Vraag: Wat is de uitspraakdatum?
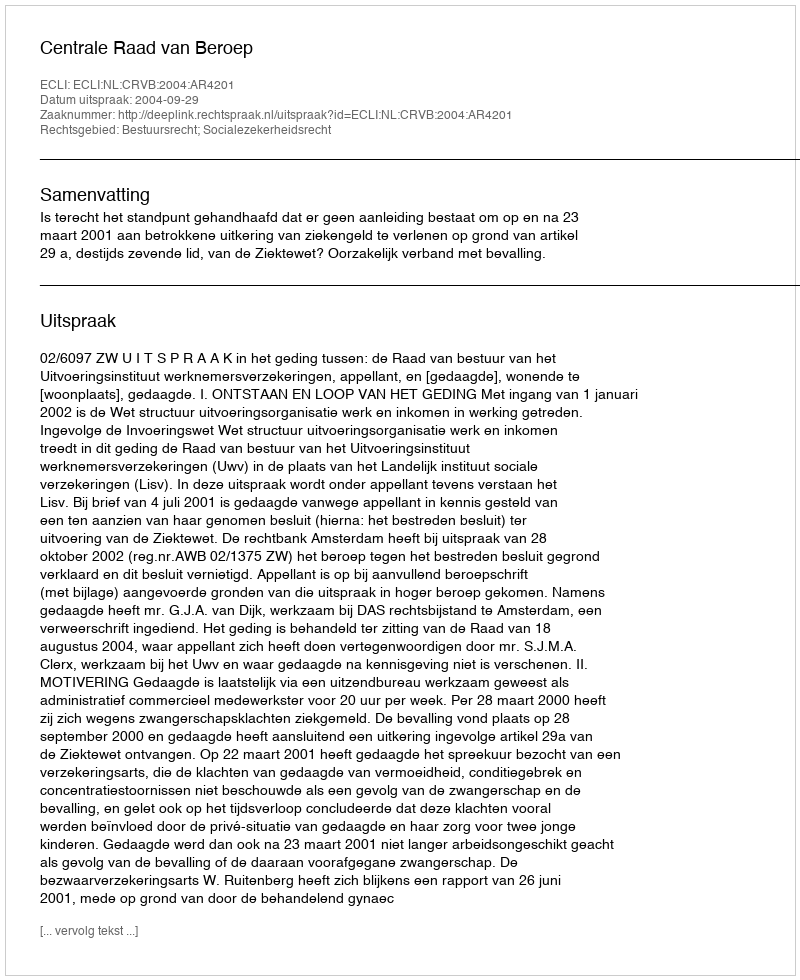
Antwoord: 2004-09-29